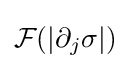
{\mathcal {F}}(|\partial _{j}\sigma |)